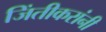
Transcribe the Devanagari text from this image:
जिंतीकरांनी